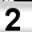
Digit: 2